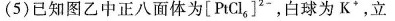
(5)已知图乙中正八面体为[PtCl_6]^{2}-，白球为K^{+}，立